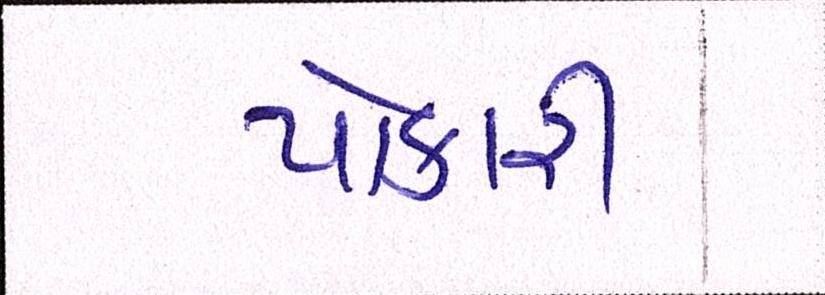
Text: પોકારી